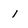
Character: 1